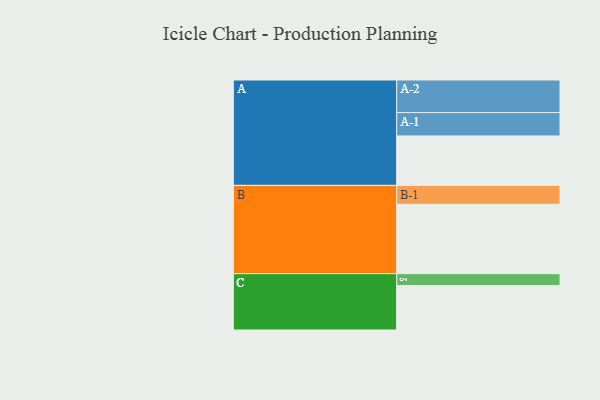
{"axis": {"x": "Segment", "y": "Value"}, "legend": ["", "A", "B", "C"], "data": [{"x": "A", "y": 373, "type": ""}, {"x": "B", "y": 523, "type": ""}, {"x": "C", "y": 336, "type": ""}, {"x": "A-1", "y": 176, "type": "A"}, {"x": "A-2", "y": 246, "type": "A"}, {"x": "B-1", "y": 143, "type": "B"}, {"x": "C-1", "y": 89, "type": "C"}]}